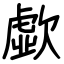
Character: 歔